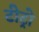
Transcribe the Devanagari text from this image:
टीट्रो